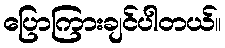
ပြောကြားချင်ပါတယ်။